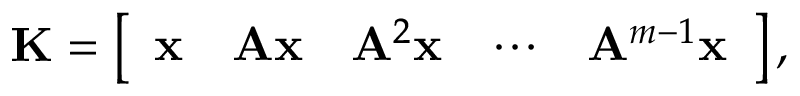
\mathbf { K } = \left[ \begin{array} { l l l l l } { \mathbf { x } } & { \mathbf { A x } } & { \mathbf { A } ^ { 2 } \mathbf { x } } & { \cdots } & { \mathbf { A } ^ { m - 1 } \mathbf { x } } \end{array} \right] ,